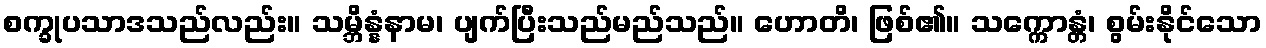
စက္ခုပသာဒသည်လည်း။ သမ္ဘိန္နံနာမ၊ ပျက်ပြီးသည်မည်သည်။ ဟောတိ၊ ဖြစ်၏။ သက္ကောန္တံ၊ စွမ်းနိုင်သော